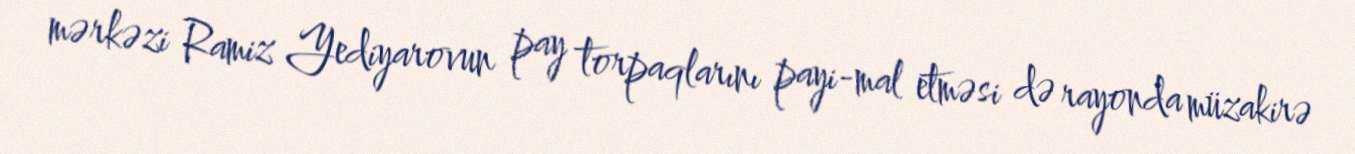
mərkəzi Ramiz Yediyarovun pay torpaqlarını payi-mal etməsi də rayonda müzakirə